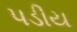
પડીય